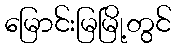
မြောင်းမြမြို့တွင်